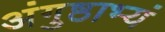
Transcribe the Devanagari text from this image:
अंगुष्ठाभ्यं